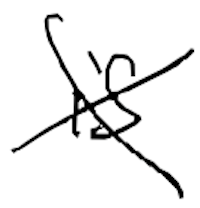
Text: is
Cross-out: cross
Writing tool: digital_black